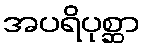
အပရိပုစ္ဆာ